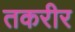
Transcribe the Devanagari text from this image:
तकरीर